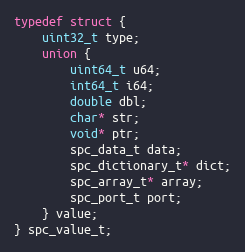
Language: C
typedef struct {
    uint32_t type;
    union {
        uint64_t u64;
        int64_t i64;
        double dbl;
        char* str;
        void* ptr;
        spc_data_t data;
        spc_dictionary_t* dict;
        spc_array_t* array;
        spc_port_t port;
    } value;
} spc_value_t;